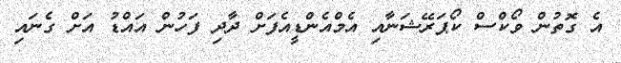
އެ ގޮތުން ވޯކްސް ކޯޕަރޭޝަނާއި އެމްއެންޑީއެފަށް ދާދި ފަހުން އައްޑު އަށް ގެނައި